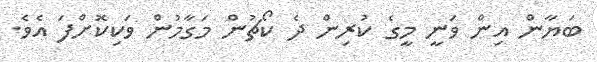
ބަޔާން އިން ވަނީ މީގެ ކުރިން ދެ ކޯޗުން މަގާމުން ވަކިކޮށްފަ އެވެ.